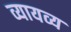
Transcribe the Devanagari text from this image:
व्यायव्य